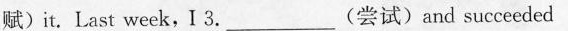
赋)it. Last weekI ，3. _ (尝试)and succeeded